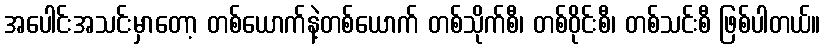
အပေါင်းအသင်းမှာတော့ တစ်ယောက်နဲ့တစ်ယောက် တစ်သိုက်စီ၊ တစ်ဝိုင်းစီ၊ တစ်သင်းစီ ဖြစ်ပါတယ်။